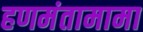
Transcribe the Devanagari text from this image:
हणमंतामामा